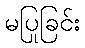
မပြုခြင်း